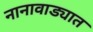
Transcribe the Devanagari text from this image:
नानावाड्यात